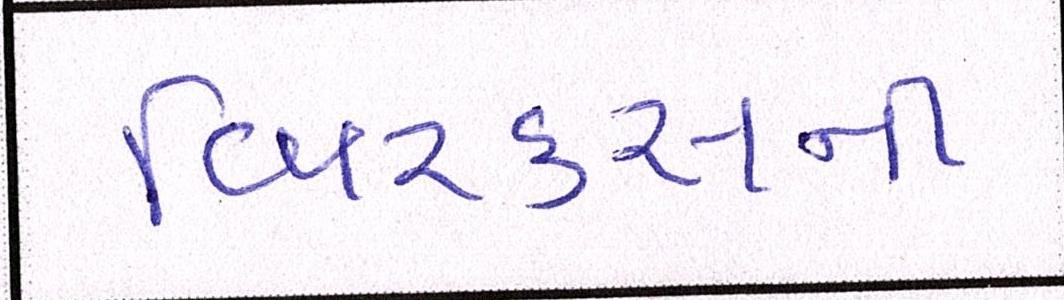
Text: બિ્રક્સની